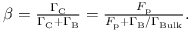
\begin{array} { r } { \beta = \frac { \Gamma _ { \mathrm { C } } } { \Gamma _ { \mathrm { C } } + \Gamma _ { \mathrm { B } } } = \frac { F _ { \mathrm { p } } } { F _ { \mathrm { p } } + \Gamma _ { \mathrm { B } } / \Gamma _ { \mathrm { B u l k } } } . } \end{array}